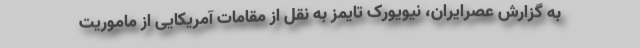
به گزارش عصرایران، نیویورک تایمز به نقل از مقامات آمریکایی از ماموریت